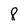
Character: 8